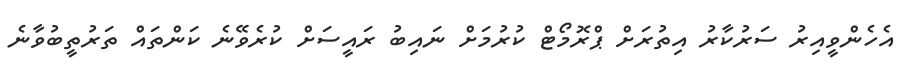
އެހެންވީއިރު ސަރުކާރު އިތުރަށް ޕްރޮމޯޓް ކުރުމަށް ނައިބު ރައީސަށް ކުރެވޭނެ ކަންތައް ތަރުތީބުވާނެ